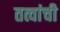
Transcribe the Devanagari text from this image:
तत्वांची